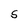
Character: S